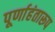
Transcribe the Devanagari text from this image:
पूर्णाहंतारूप